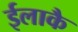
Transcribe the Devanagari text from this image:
ईलाकै